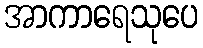
အာကာရေသုပေ